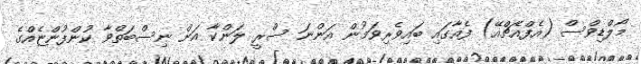
މޯލްޑިވްސް (އެފްއެޗްއޭ) ފެއާގައި ބައިވެރިވަމުން އަންނަ ސްރީ ލަންކާ އަށް ނިސްބަތްވާ ކުންފުންޏެއްގެ